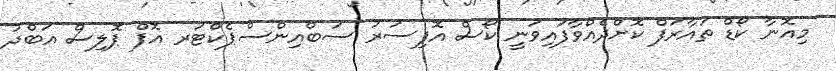
މިއޮނާ ކޯޑް ތައާރަފް ކޮށްދެއްވާފައިވަނީ ކޯސް އޮފިސަރު ސަބްއިންސްޕެކްޓަރ އޮފް ޕޮލިސް އަބްދު